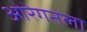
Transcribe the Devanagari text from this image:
ओरेगनला